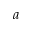
a